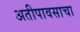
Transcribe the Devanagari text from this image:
अतीपावसाचा